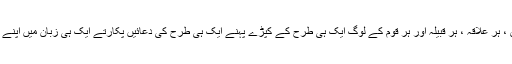
دنیا کسی ایسے جنون کی مثال دکھائے جس میں ہر عمر ، ہر جنس ، ہر علاقہ ، ہر قبیلہ اور ہر قوم کے لوگ ایک ہی طرح کے کپڑے پہنے ایک ہی طرح کی دعائیں پکارتے ایک ہی زبان میں اپنے خدا کو یاد کرتے اس کے گھر کے ارد گرد چکر لگاتے نظر آئیں ۔